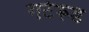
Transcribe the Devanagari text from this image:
गर्टरूड